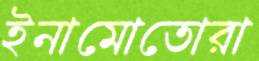
ইনামোতোরা